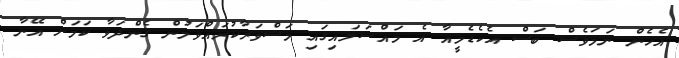
އެހެން ނަމަވެސް ބަސް އެކެޑެމީއާ އެ މައްސަލައިގައި މަޝްވަރާކުރައްވަމުން ގެންދަވާ ކަމަށް އޭނާ